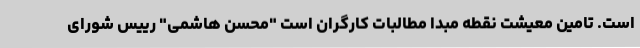
است. تامین معیشت نقطه مبدا مطالبات کارگران است "محسن هاشمی" رییس شورای